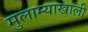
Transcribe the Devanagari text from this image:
मुलाम्याखाली